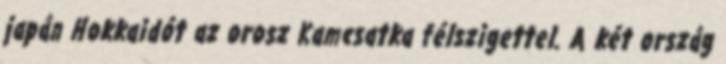
japán Hokkaidót az orosz Kamcsatka félszigettel. A két ország